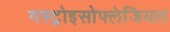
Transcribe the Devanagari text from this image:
गस्ट्रोइसोफ्लेजियल